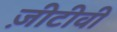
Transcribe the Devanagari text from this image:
ज़ीटीवी